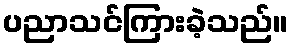
ပညာသင်ကြားခဲ့သည်။